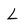
Character: L